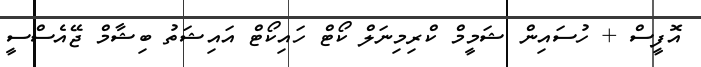
އޮފީސް + ހުސައިން ޝަމީމް ކްރިމިނަލް ކޯޓް ހައިކޯޓް އައިޝަތު ބިޝާމް ޖޭއެސްސީ